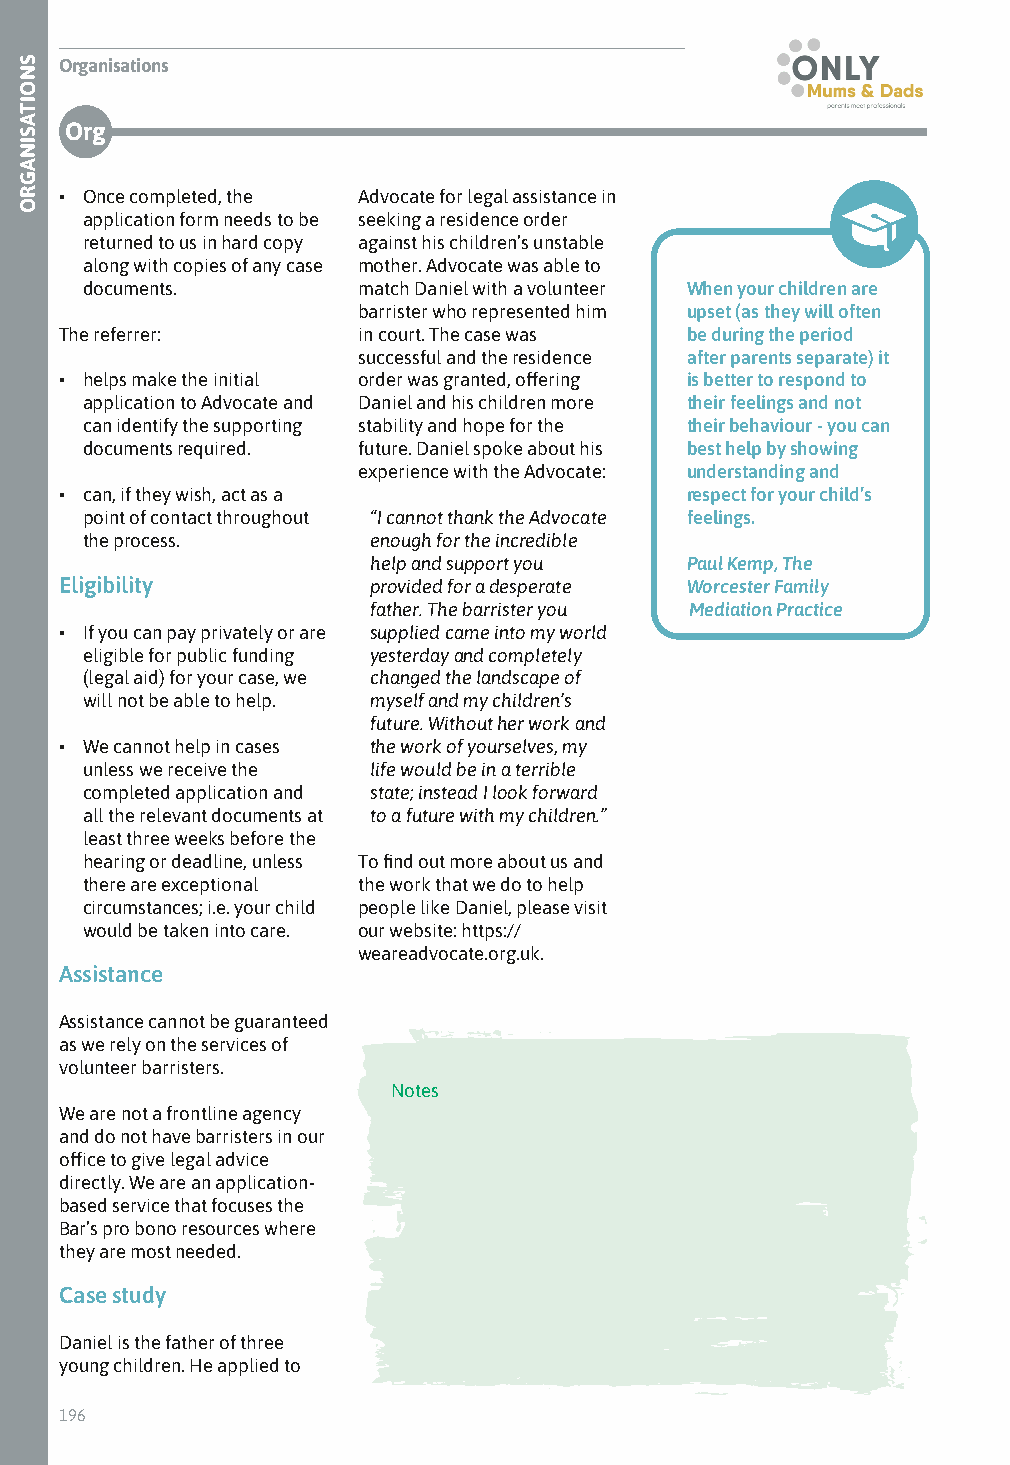
Organisations
 Org
 • Once completed, the Advocate for legal assistance in
 application form needs to be seeking a residence order
 returned to us in hard copy against his children’s unstable
 along with copies of any case mother. Advocate was able to
 documents.         match Daniel with a volunteer When your children are
 barrister who represented him upset (as they will often
 The referrer:       in court. The case was be during the period
 successful and the residence after parents separate) it
 • helps make the initial order was granted, offering is better to respond to
 application to Advocate and Daniel and his children more their feelings and not
 can identify the supporting stability and hope for the their behaviour - you can
 documents required. future. Daniel spoke about his best help by showing
 experience with the Advocate: understanding and
 • can, if they wish, act as a            respect for your child’s
 point of contact throughout “I cannot thank the Advocate feelings.
 the process.        enough for the incredible
 help and support you Paul Kemp, The
 Eligibility          provided for a desperate Worcester Family
 father. The barrister you Mediation Practice
 • If you can pay privately or are supplied came into my world
 eligible for public funding yesterday and completely
 (legal aid) for your case, we changed the landscape of
 will not be able to help. myself and my children’s
 future. Without her work and
 • We cannot help in cases the work of yourselves, my
 unless we receive the life would be in a terrible
 completed application and state; instead I look forward
 all the relevant documents at to a future with my children.”
 least three weeks before the
 hearing or deadline, unless To find out more about us and
 there are exceptional the work that we do to help
 circumstances; i.e. your child people like Daniel, please visit
 would be taken into care. our website: https://
 weareadvocate.org.uk.
 Assistance
 Assistance cannot be guaranteed
 as we rely on the services of
 volunteer barristers.
 Notes
 We are not a frontline agency
 and do not have barristers in our
 office to give legal advice
 directly. We are an application-
 based service that focuses the
 Bar’s pro bono resources where
 they are most needed.
 Case study
 Daniel is the father of three
 young children. He applied to
 196
 SNOITASINAGRO